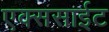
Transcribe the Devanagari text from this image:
एक्ससाईट